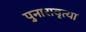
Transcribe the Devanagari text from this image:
पुनारावृत्या